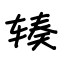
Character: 辏